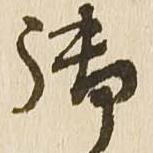
御